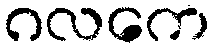
ဂလကေ